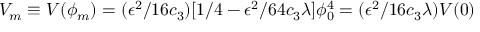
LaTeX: V _ { m } \equiv V ( \phi _ { m } ) = ( \epsilon ^ { 2 } / 1 6 c _ { 3 } ) [ 1 / 4 - \epsilon ^ { 2 } / 6 4 c _ { 3 } \lambda ] \phi _ { 0 } ^ { 4 } = ( \epsilon ^ { 2 } / 1 6 c _ { 3 } \lambda ) V ( 0 )